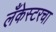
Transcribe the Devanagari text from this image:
लँकेस्टरचा